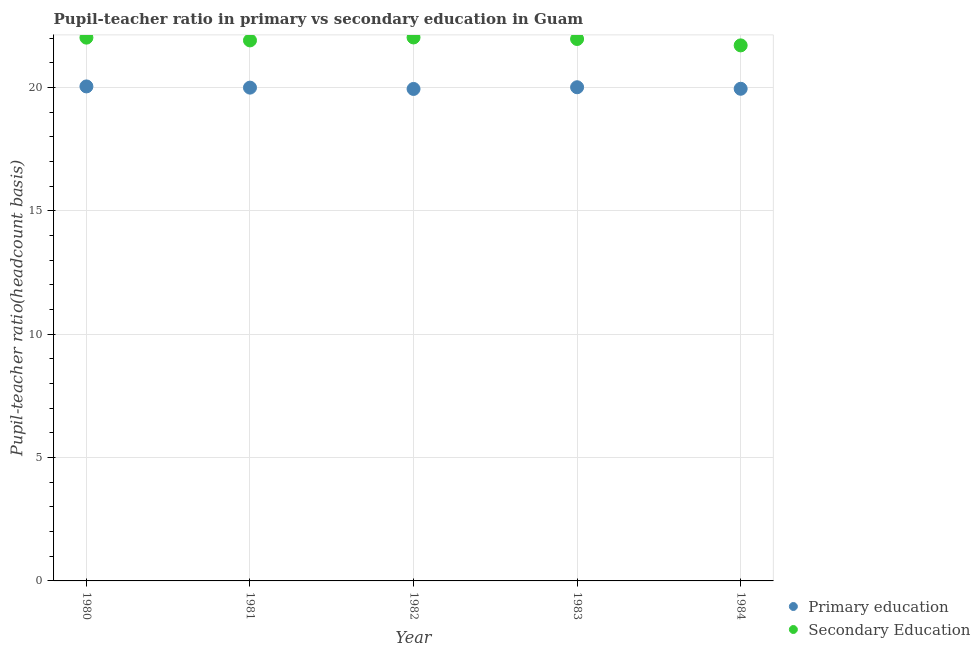
| Year | Primary education | Secondary Education |
 | --- | --- | --- |
 | 1980 | 20 | 22 |
 | 1981 | 20 | 21.9 |
 | 1982 | 19.9 | 22 |
 | 1983 | 20 | 22 |
 | 1984 | 19.9 | 21.7 |